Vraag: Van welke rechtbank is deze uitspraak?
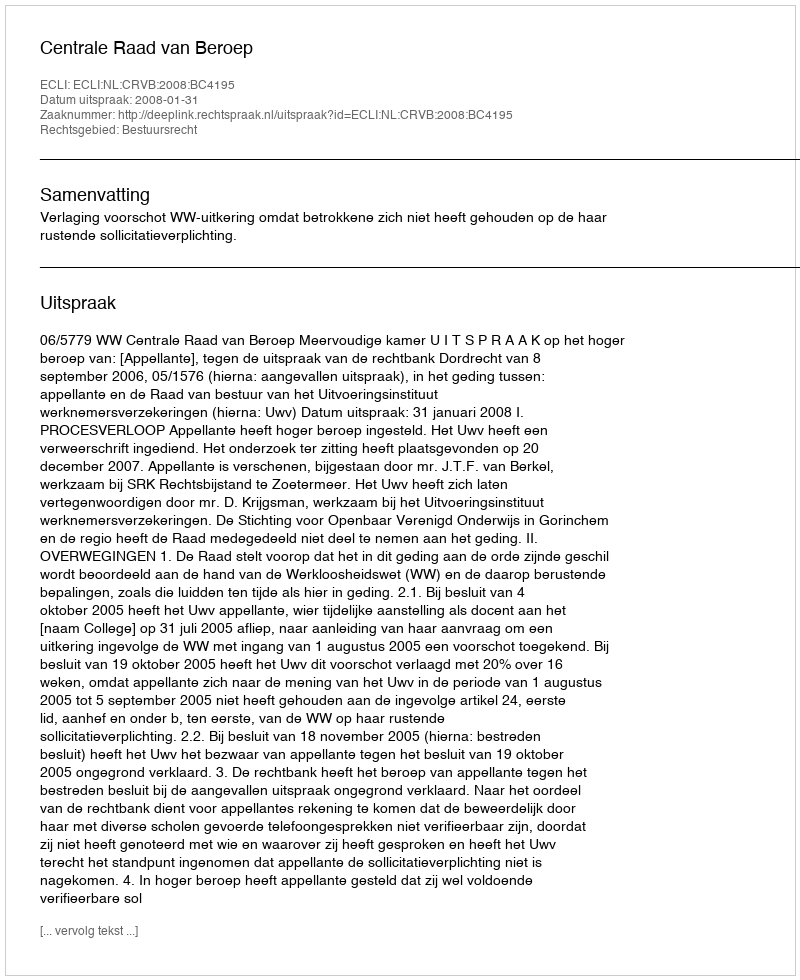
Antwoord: Centrale Raad van Beroep